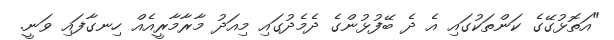
"އަތޮޅުގޭގެ ކަންތަކުގައި އެ ދެ ބޭފުޅުންގެ ދެމެދުގައި މިއަދު މާރާމާރީއެއް ހިނގާފައި ވަނީ.